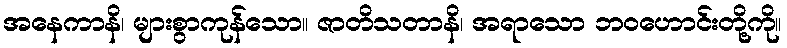
အနေကာနိ၊ များစွာကုန်သော။ ဇာတိသတာနိ၊ အရာသော ဘဝဟောင်းတို့ကို။